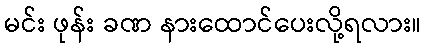
မင်း ဖုန်း ခဏ နားထောင်ပေးလို့ရလား။